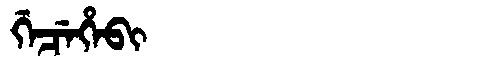
Manchu: ᡤᡝᠴᡝᡥᡝᠪᡳ
Romanization: GECEHEBI